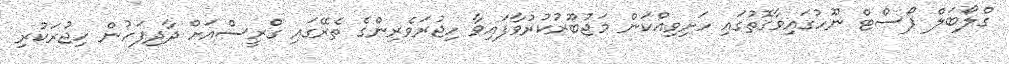
ގްލޯބަލް ޕޯސްޓް ނޫހުގައިވާގޮތުގައި ހަށިވިއްކަން މަޖުބޫރުކުރުވާފައިވާ ހިޖުރަވެރިންގެ ތެރޭގައި ގްރީސްއަށް ދާދިފަހުން ހިޖުރަކުރި